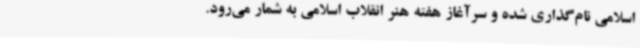
اسلامی نام‌گذاری شده و سرآغاز هفته هنر انقلاب اسلامی به‌ شمار می‌رود.